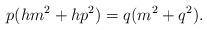
LaTeX: \begin{align*}p(hm^2+hp^2)=q(m^2+q^2).\end{align*}